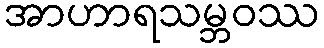
အာဟာရသမ္ဘဝဿ